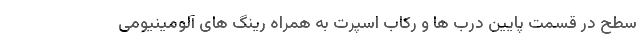
سطح در قسمت پایین درب ها و رکاب اسپرت به همراه رینگ های آلومینیومی